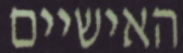
האישיים